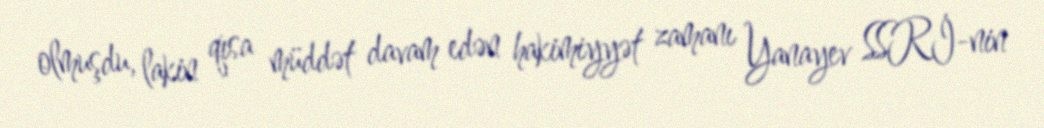
olmuşdu, lakin qısa müddət davam edən hakimiyyət zamanı Yanayev SSRİ-nin